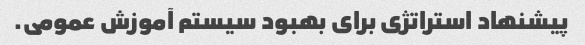
پیشنهاد استراتژی برای بهبود سیستم آموزش عمومی.